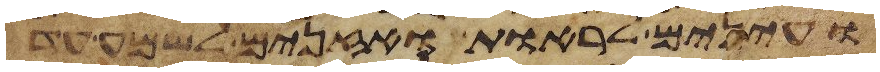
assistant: ועינים לראות ואזנים לשמע עד